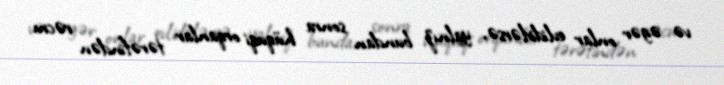
və əgər onlar evlidirlərsə, yalnız bundan sonra hüquqi orqanlar tərəfindən rəcm